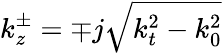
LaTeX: k_{z}^{\pm}=\mp j\sqrt{k_{t}^{2}-k_{0}^{2}}